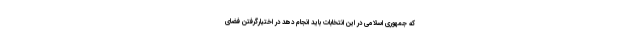
که جمهوری اسلامی در این انتخابات باید انجام دهد در اختیارگرفتن فضای